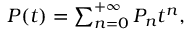
\begin{array} { r } { P ( t ) = \sum _ { n = 0 } ^ { + \infty } P _ { n } t ^ { n } , } \end{array}